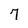
Character: 7